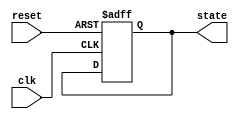
module DefaultStateInitialization (
    input wire clk,           // Clock signal
    input wire reset,         // Active-high reset signal
    output reg [7:0] state    // Example state output, 8-bit wide
);

// Internal state registers
reg [7:0] internal_state;

// Default values for state registers
parameter DEFAULT_STATE = 8'b00000000; // Example default state value

// Sequential block for state initialization
always @(posedge clk or posedge reset) begin
    if (reset) begin
        // State assignment upon reset
        internal_state <= DEFAULT_STATE; // Initialize to default state
    end else begin
        // Normal operation, update state based on some conditions
        // Here you can define your state transition logic
        // Example: internal_state <= internal_state + 1; // Increment state
    end
end

// Assign internal state to output
always @(*) begin
    state = internal_state; // Propagate the internal state to output
end

endmodule